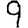
Digit: 9